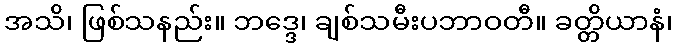
အသိ၊ ဖြစ်သနည်း။ ဘဒ္ဒေ၊ ချစ်သမီးပဘာဝတီ။ ခတ္တိယာနံ၊